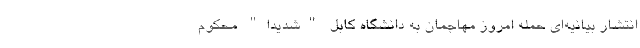
انتشار بیانیه‌ای حمله امروز مهاجمان به دانشگاه کابل "شدیدا" محکوم